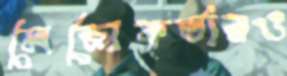
মেজোকর্তারও